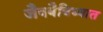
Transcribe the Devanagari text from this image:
जैववैविध्यात